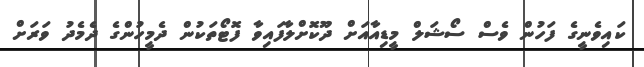
ކައިވެނީގެ ފަހުން ވެސް ސޯޝަލް މީޑިއާއަށް ދޫކޮށްލާފައިވާ ފޮޓޯތަކުން ދެމީހުންގެ ދެމެދު ވަރަށް